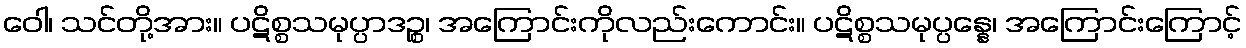
ဝေါ၊ သင်တို့အား။ ပဋိစ္စသမုပ္ပာဒဉ္စ၊ အကြောင်းကိုလည်းကောင်း။ ပဋိစ္စသမုပ္ပန္နေ၊ အကြောင်းကြောင့်